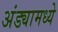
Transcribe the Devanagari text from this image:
अंड्यामध्ये